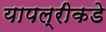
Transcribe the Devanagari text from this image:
यापल्रीकडे